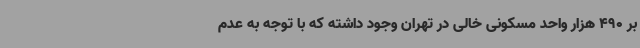
بر 490 هزار واحد مسکونی خالی در تهران وجود داشته که با توجه به عدم